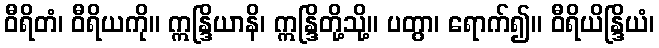
ဝီရိတံ၊ ဝီရိယကို။ ဣန္ဒြိယာနိ၊ ဣန္ဒြိတို့သို့။ ပတွာ၊ ရောက်၍။ ဝီရိယိန္ဒြိယံ၊